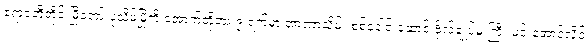
ဧရာဝတီတိုင်းမြို့တော် ပုသိမ်မြို့ကို အောက်တိုဘာ ၉ ရက်မှာ အာဏာသိမ်း စစ်ခေါင်းဆောင် ဗိုလ်ချုပ်မှူးကြီး မင်းအောင်လှိုင်